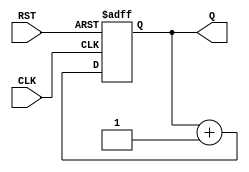
module async_reset_sync_counter #(
    parameter N = 4  // Parameter to define the width of the counter
)(
    input wire CLK,   // Clock input
    input wire RST,   // Asynchronous reset input
    output reg [N-1:0] Q // Output counter value
);

// Always block for synchronous counting and asynchronous reset
always @(posedge CLK or posedge RST) begin
    if (RST) begin
        Q <= 0; // Reset the counter to 0
    end else begin
        Q <= Q + 1; // Increment the counter
    end
end

endmodule